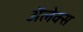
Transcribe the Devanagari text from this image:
अॅलेक्स